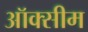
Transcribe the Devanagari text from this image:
ऑक्सीम